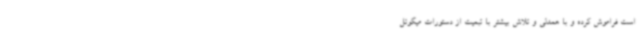
است فراموش کرده و با همدلی و تلاش بیشتر با تبعیت از دستورات میگوئل